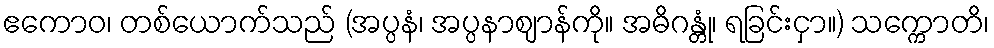
ဧကောဝ၊ တစ်ယောက်သည် (အပ္ပနံ၊ အပ္ပနာဈာန်ကို။ အဓိဂန္တုံ၊ ရခြင်းငှာ။) သက္ကောတိ၊